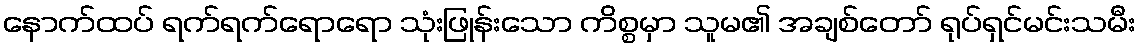
နောက်ထပ် ရက်ရက်ရောရော သုံးဖြုန်းသော ကိစ္စမှာ သူမ၏ အချစ်တော် ရုပ်ရှင်မင်းသမီး